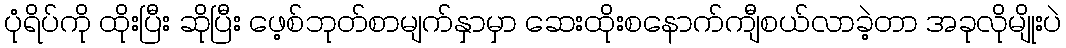
ပုံရိပ်ကို ထိုးပြီး ဆိုပြီး ဖေ့စ်ဘုတ်စာမျက်နှာမှာ ဆေးထိုးစနောက်ကျီစယ်လာခဲ့တာ အခုလိုမျိုးပဲ